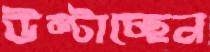
উল্টাচ্ছেন